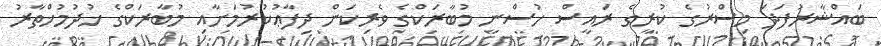
ބައްޝާރުފަދަ މިސްރުގެ ކުރީގެ ރައީސް ހުސްނީ މުބާރަކްގެ ވެރިކަން ދިފާޢުކުރުމަށާއި މުބާރަކްގެ ޚުދުމުޚްތާރު